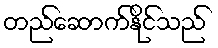
တည်ဆောက်နိုင်သည်